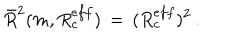
\bar { R } ^ { 2 } ( m , R _ { c } ^ { e f f } ) \, = \, ( R _ { c } ^ { e f f } ) ^ { 2 } \, { . }